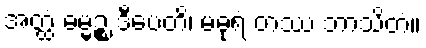
အတ္ထံ ဓမ္မဉ္စ ဒီပေတိ၊ မဓုရံ တဿ ဘာသိတံ။